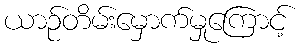
ယာဉ်တိမ်းမှောက်မှုကြောင့်